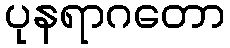
ပုနရာဂတော